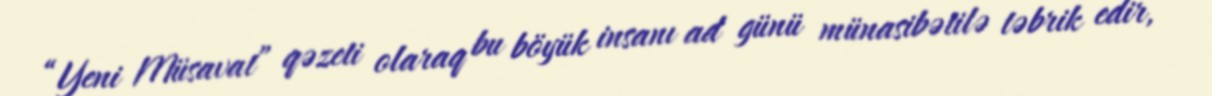
“Yeni Müsavat” qəzeti olaraq bu böyük insanı ad günü münasibətilə təbrik edir,